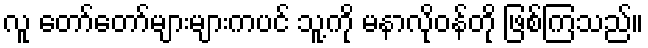
လူ တော်တော်များများကပင် သူ့ကို မနာလိုဝန်တို ဖြစ်ကြသည်။